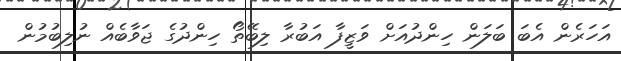
އަހަރެން އެބަ ބަލަން ހިންދުއަށް ވަޒީފާ އަބުރާ ލިބޭތޯ ހިންދުގެ ޖަވާބެއް ނުލިބުމުން